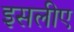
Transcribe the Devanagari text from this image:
इसलीए